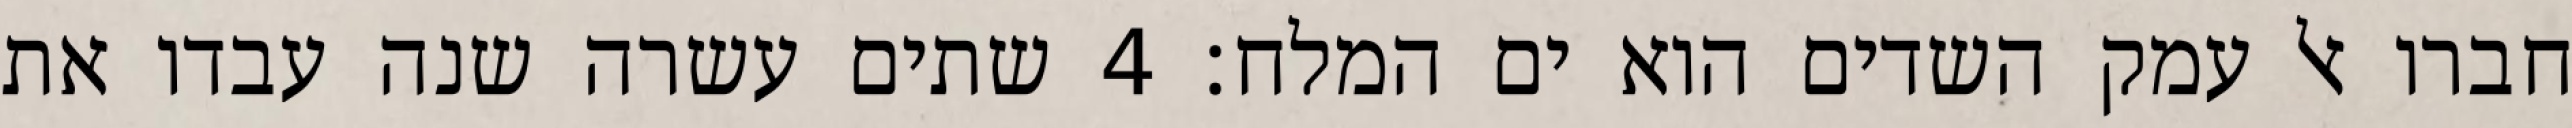
חברו אל עמק השדים הוא ים המלח׃ ‎4‏ שתים עשרה שנה עבדו את